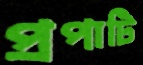
প্রপাটি